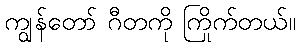
ကျွန်တော် ဂီတကို ကြိုက်တယ်။